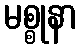
မစ္စုနာ